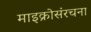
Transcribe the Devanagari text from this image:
माइक्रोसंरचना